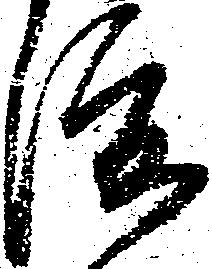
渡